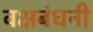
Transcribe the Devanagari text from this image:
वक्षबंधनी